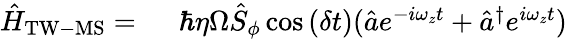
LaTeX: \begin{array}{rl}{\hat{H}_{\mathrm{TW-MS}}=\ }&{{}\hbar\eta\Omega\hat{S}_{\phi}\cos{(\delta t)}(\hat{a}e^{-i\omega_{z}t}+\hat{a}^{\dagger}e^{i\omega_{z}t})}\end{array}